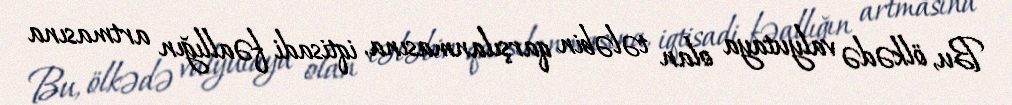
Bu, ölkədə valyutaya olan tələbin qarşılanmasına, iqtisadi fəallığın artmasına